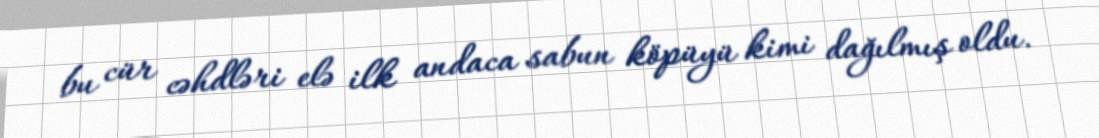
bu cür cəhdləri elə ilk andaca sabun köpüyü kimi dağılmış oldu.